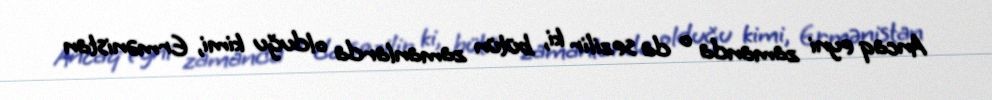
Ancaq eyni zamanda o da sezilir ki, bütün zamanlarda olduğu kimi, Ermənistan